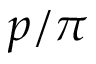
p / \pi